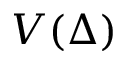
V ( \Delta )